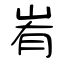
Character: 峟